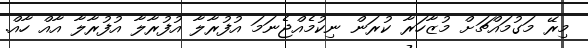
މިރޭ މަގުމައްޗަށް މުޒާހަރާ ކުރަން ނިކުމެއްޖެނަމަ އުފުރާލާ އުފުރާލާ އުފުރާލާ އާއް ހާއް.